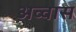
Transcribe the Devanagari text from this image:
अव्वास